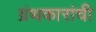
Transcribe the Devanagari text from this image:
ग्रंथकारांची